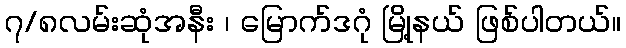
၇/၈လမ်းဆုံအနီး ၊ မြောက်ဒဂုံ မြို့နယ် ဖြစ်ပါတယ်။